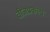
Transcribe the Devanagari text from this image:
वीजप्रकल्प